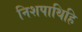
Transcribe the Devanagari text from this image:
निशपाथिहि